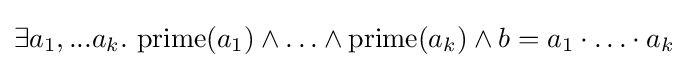
\exists a_{1},...a_{k}.\ \mathrm {prime} (a_{1})\land \ldots \land \mathrm {prime} (a_{k})\land b=a_{1}\cdot \ldots \cdot a_{k}